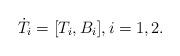
LaTeX: \begin{align*}\dot{T_i}=[T_i,B_i], i=1,2.\end{align*}